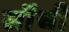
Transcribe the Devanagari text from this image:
सॉंची